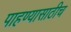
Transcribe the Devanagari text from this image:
पाहण्यासाठीच